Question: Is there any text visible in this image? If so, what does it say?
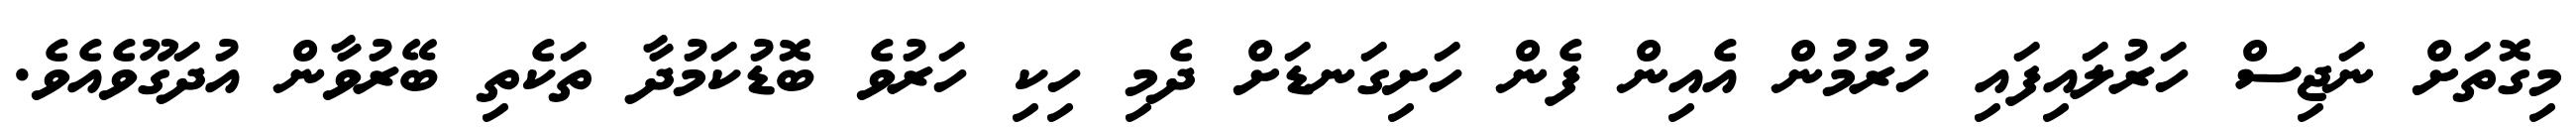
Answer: މިގޮތަށް ނަޖިސް ހަރުލައިފައި ހުރުމުން އެއިން ފެން ހަށިގަނޑަށް ދެމި ހިކި ހަރުވެ ބޮޑުކަމުދާ ތަކެތި ބޭރުވާން އުދަގޫވެއެވެ.